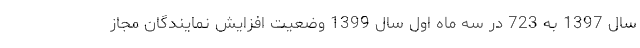
سال 1397 به 723 در سه ماه اول سال 1399 وضعیت افزایش نمایندگان مجاز